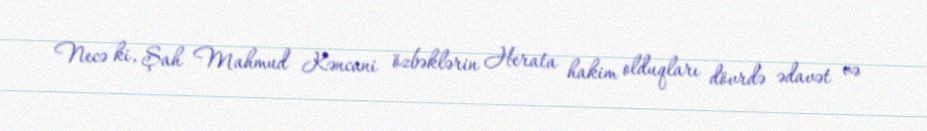
Necə ki, Şah Mahmud Kəncani özbəklərin Herata hakim olduqları dövrdə ədavət və